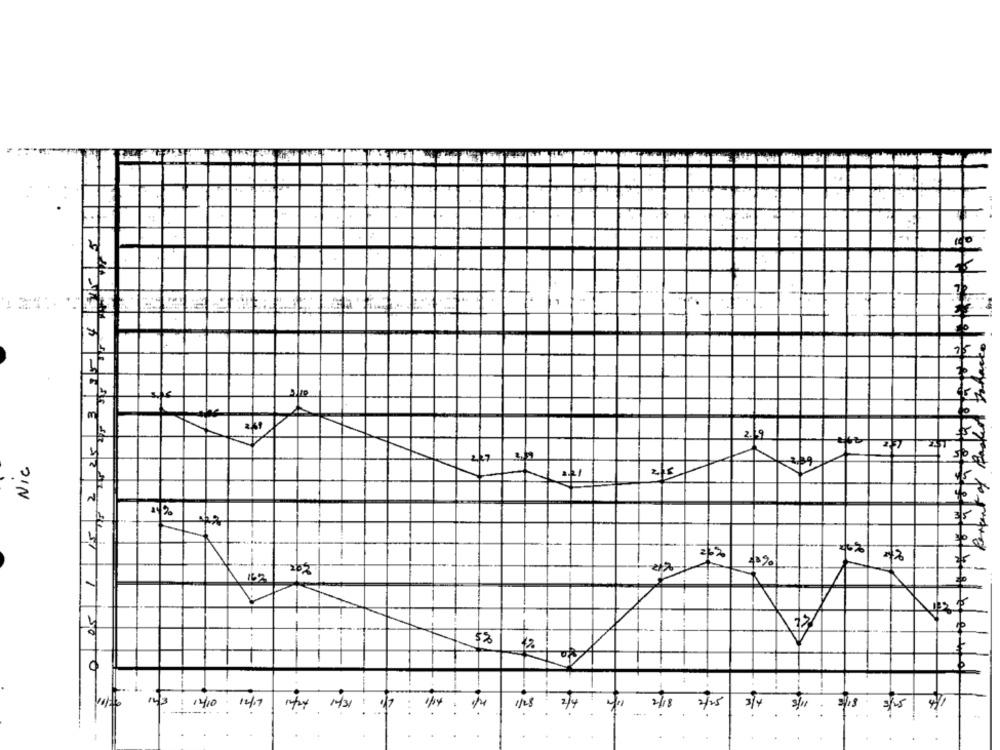
Nic
== 1
215
-
25%
-
--
23
$2
1%
143 1410 14/19
2/4
.